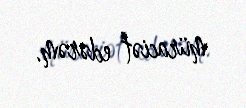
müraciət edərəm.